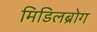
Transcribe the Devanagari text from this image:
मिडिलब्रोग